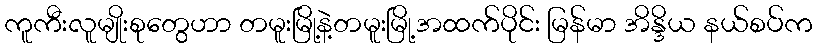
ကူကီးလူမျိုးစုတွေဟာ တမူးမြို့နဲ့တမူးမြို့အထက်ပိုင်း မြန်မာ အိန္ဒိယ နယ်စပ်က